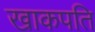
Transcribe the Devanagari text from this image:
खाकपति